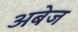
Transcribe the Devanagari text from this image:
अबेज